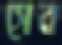
সেব